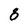
Character: 8